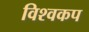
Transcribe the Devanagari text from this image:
विश्‍वकप